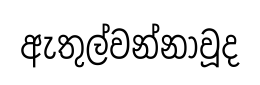
ඇතුල්වන්නාවූද